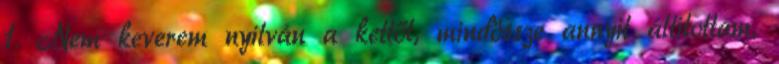
1. Nem keverem nyilván a kettőt, mindössze annyit állítottam,